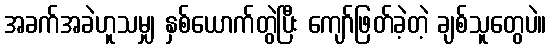
အခက်အခဲဟူသမျှ နှစ်ယောက်တွဲပြီး ကျော်ဖြတ်ခဲ့တဲ့ ချစ်သူတွေပဲ။